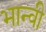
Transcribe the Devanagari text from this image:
भान्वी